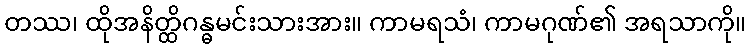
တဿ၊ ထိုအနိတ္ထိဂန္ဓမင်းသားအား။ ကာမရသံ၊ ကာမဂုဏ်၏ အရသာကို။